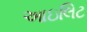
આઇલિટ